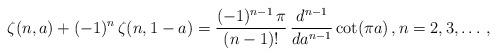
LaTeX: \begin{align*}\zeta(n,a)+(-1)^n\,\zeta(n,1-a)=\frac{(-1)^{n-1}\,\pi}{(n-1)!}\,\frac{{d}^{n-1}}{{d}a^{n-1}} \cot(\pi a)\,, n=2,3,\ldots\,, \end{align*}